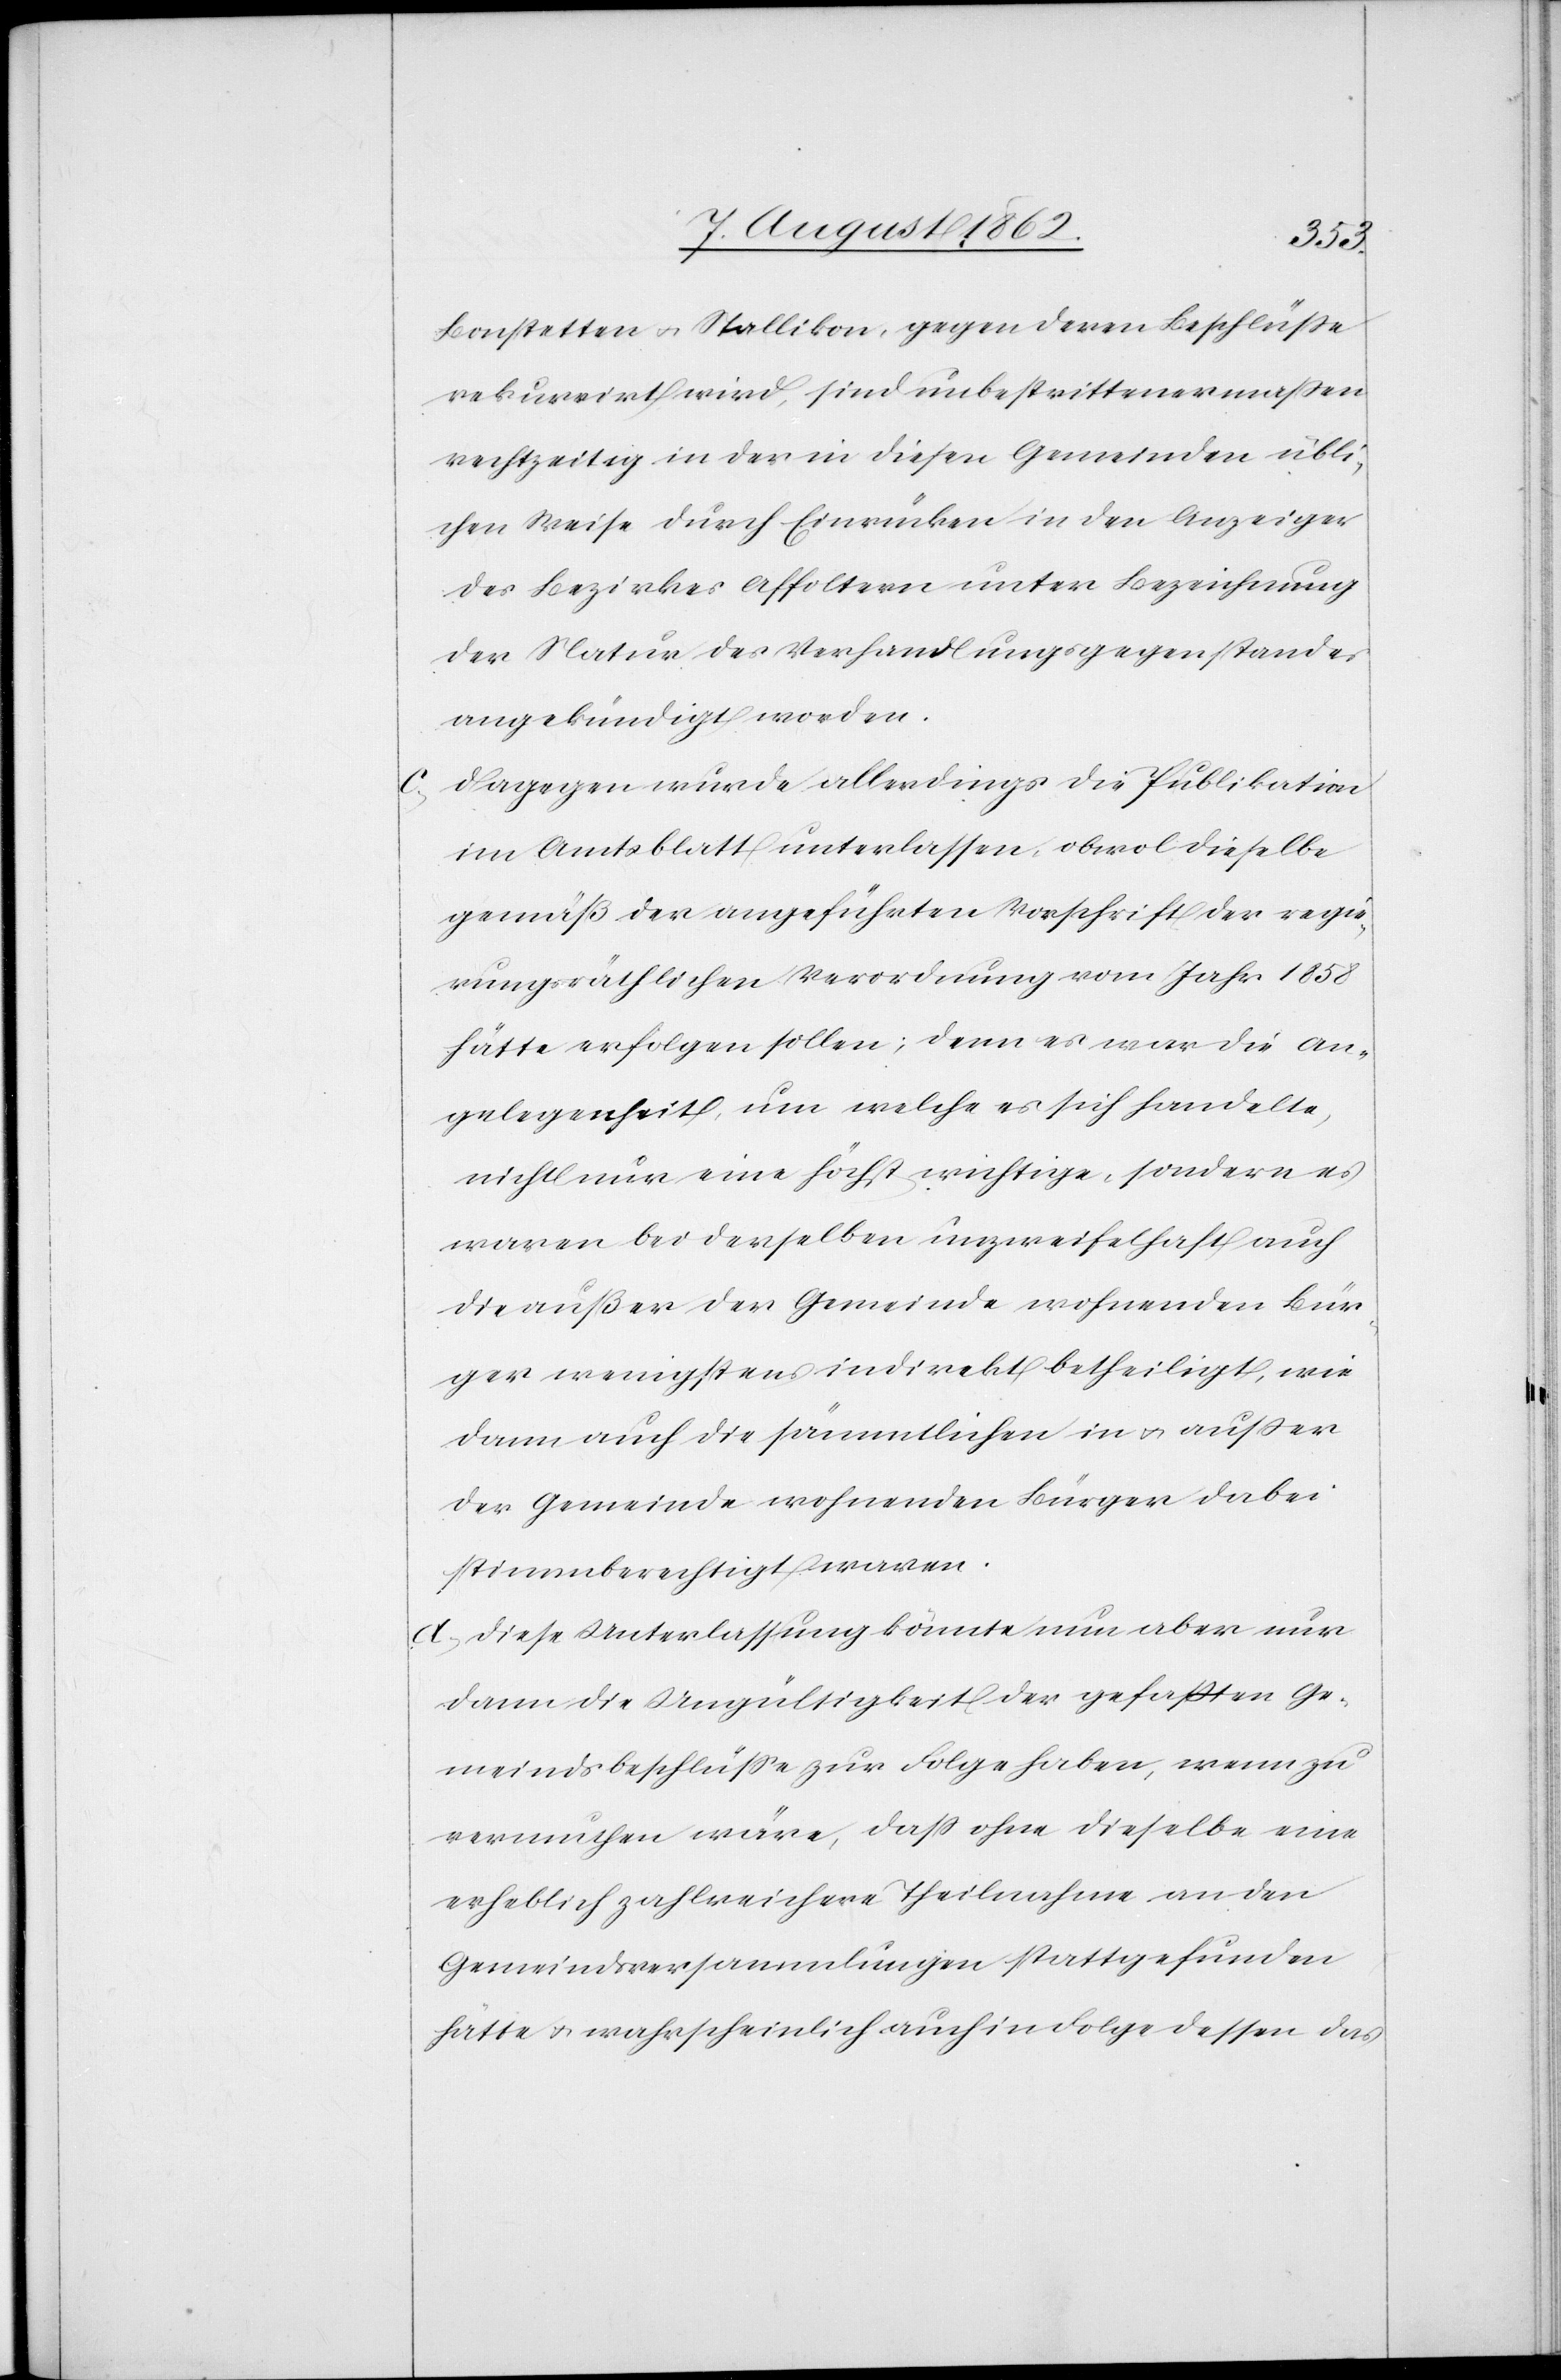
Bonstetten u. Stallikon, gegen deren Beschlüße
rekurrirt wird, sind unbestrittenermaßen
rechtzeitig in der in diesen Gemeinden übli¬
chen Weise durch Einrücken in den Anzeiger
des Bezirkes Affoltern unter Bezeichnung
der Natur des Verhandlungsgegenstandes
angekündigt worden.
c) dagegen wurde allerdings die Publikation
im Amtsblatt unterlassen, obwol dieselbe
gemäß der angeführten Vorschrift der regie¬
rungsräthlichen Verordnung vom Jahr 1858
hätte erfolgen sollen; denn es war die An¬
gelegenheit, um welche es sich handelte,
nicht nur eine höchst wichtige, sondern es
waren bei derselben unzweifelhaft auch
die außer der Gemeinde wohnenden Bür¬
ger wenigstens indirekt betheiligt, wie
dann auch die sämmtlichen in u. außer
der Gemeinde wohnenden Bürger dabei
stimmberechtigt waren.
d) diese Unterlassung könnte nun aber nur
dann die Ungültigkeit der gefaßten Ge¬
meindsbeschlüße zur Folge haben, wenn zu
vermuthen wäre, daß ohne dieselbe eine
erheblich zahlreichere Theilnahme an den
Gemeindsversammlungen stattgefunden
hätte u. wahrscheinlich auch in Folge dessen das